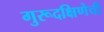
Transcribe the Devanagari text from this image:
गुरूदक्षिणेची